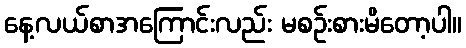
နေ့လယ်စာအကြောင်းလည်း မစဉ်းစားမိတော့ပါ။